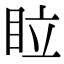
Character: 𥅈